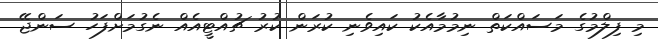
މި ފިލްމުގެ މަސައްކަތް ނިމުމާއެކު ކައިވެނި ކުރަން ކުރު ޗުއްޓީއެއް ނެގުމަށްފަހު ސަންޖޭ